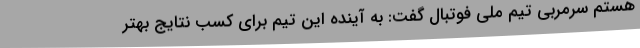
هستم سرمربی تیم ملی فوتبال گفت: به آینده این تیم برای کسب نتایج بهتر